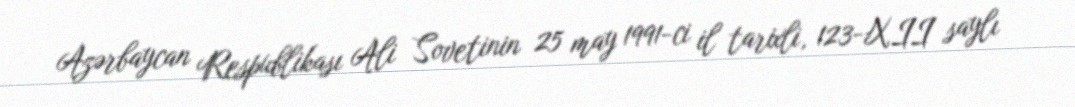
Azərbaycan Respublikası Ali Sovetinin 25 may 1991-ci il tarixli, 123-XII saylı